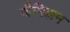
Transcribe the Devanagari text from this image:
जैनिझम